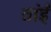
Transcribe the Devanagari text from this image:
तांईं